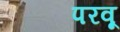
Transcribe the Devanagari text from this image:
परवू